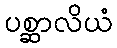
ပစ္ဆာလိယံ